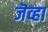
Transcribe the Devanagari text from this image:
जॆव्हा